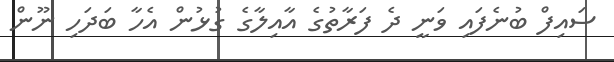
ސައިފް ބުނެފައި ވަނީ ދެ ފަރާތުގެ އާއިލާގެ ގުޅުން އެހާ ބަދަހި ނޫން